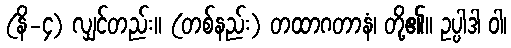
(နိ-၄) လျှင်တည်း။ (တစ်နည်း) တထာဂတာနံ၊ တို့၏။ ဥပ္ပါဒါ ဝါ၊